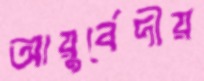
আয়ুর্বেদীয়